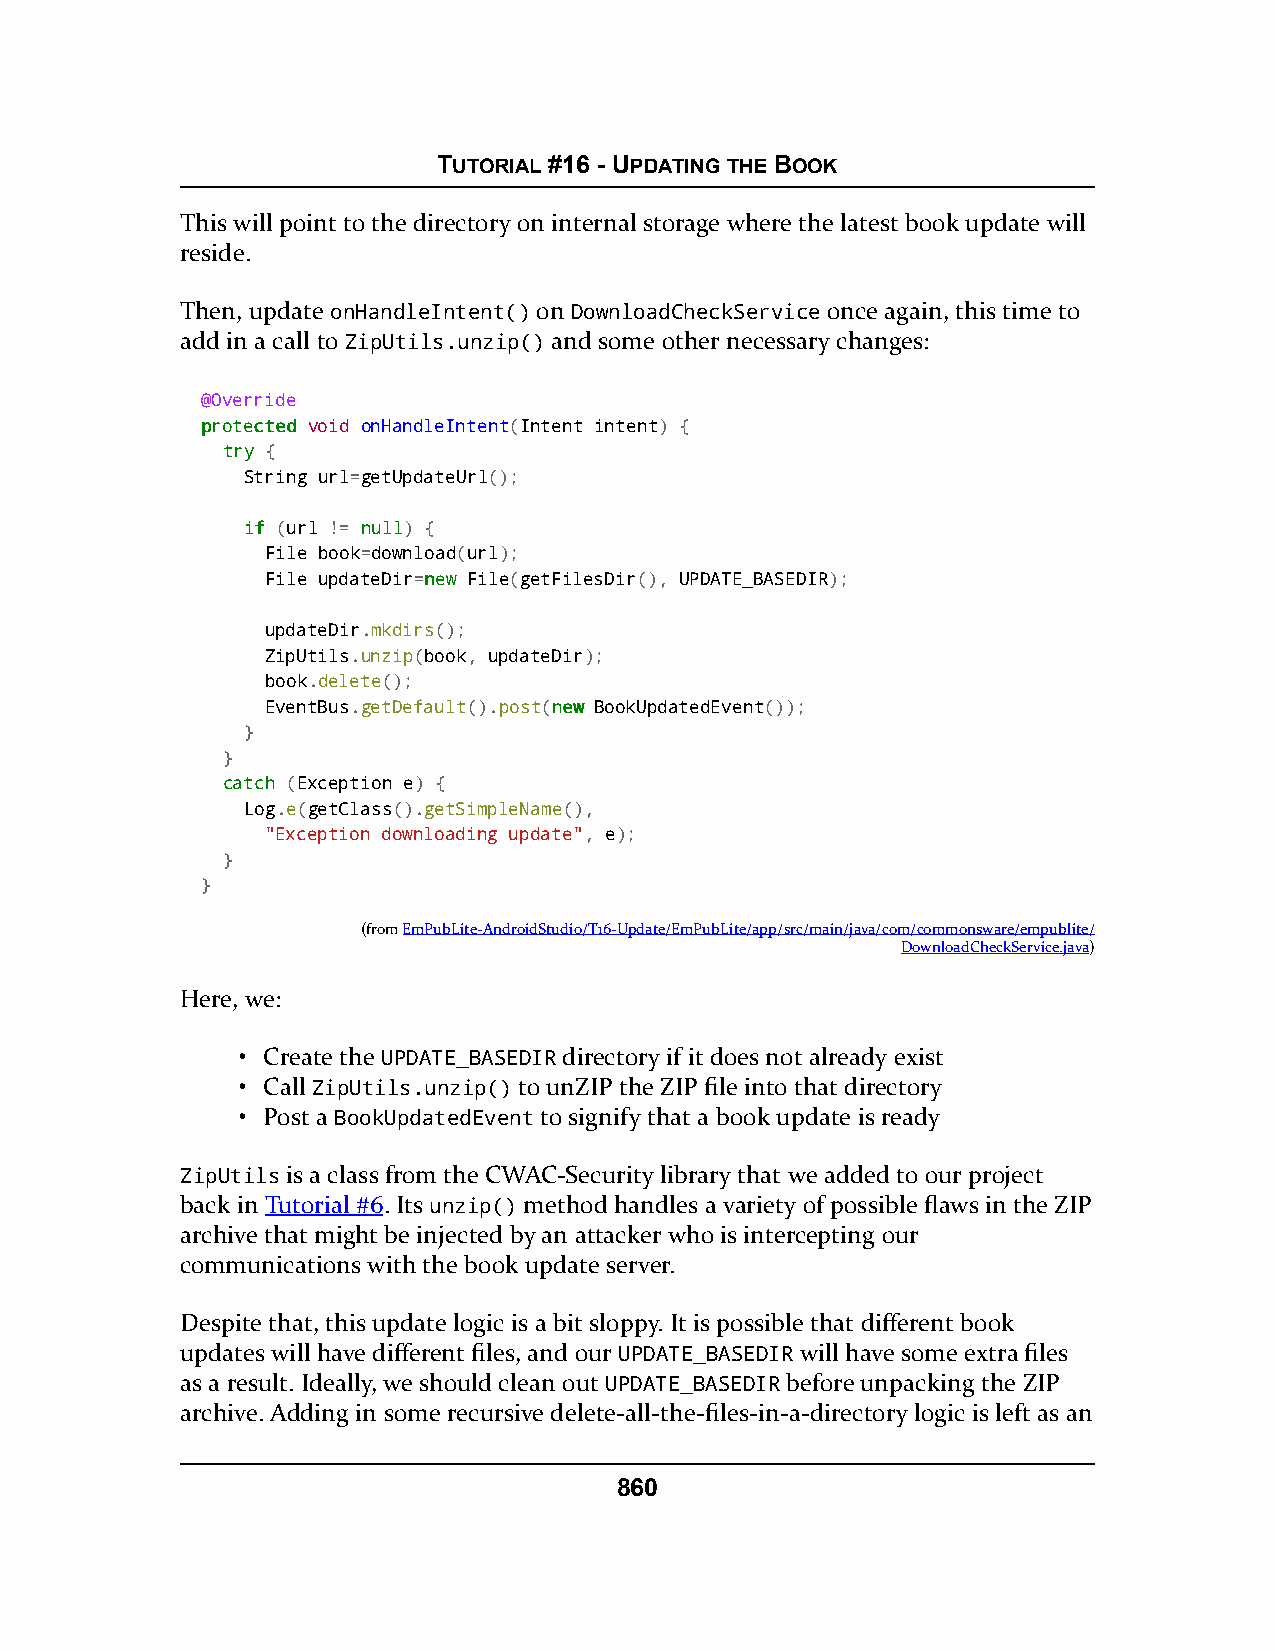
TUTORIAL #16 - UPDATING THE BOOK
 This will point to the directory on internal storage where the latest book update will
 reside.
 Then, update onHandleIntent() on DownloadCheckService once again, this time to
 add in a call to ZipUtils.unzip() and some other necessary changes:
 @Override
 pprrootteecctteedd void onHandleIntent(Intent intent) {
 ttrryy {
 String url=getUpdateUrl();
 iiff (url != nnuullll) {
 File book=download(url);
 File updateDir=nneeww File(getFilesDir(), UPDATE_BASEDIR);
 updateDir.mkdirs();
 ZipUtils.unzip(book, updateDir);
 book.delete();
 EventBus.getDefault().post(nneeww BookUpdatedEvent());
 }
 }
 ccaattcchh (Exception e) {
 Log.e(getClass().getSimpleName(),
 "Exception downloading update", e);
 }
 }
 (fromEmPubLite-AndroidStudio/T16-Update/EmPubLite/app/src/main/java/com/commonsware/empublite/
 DownloadCheckService.java)
 Here, we:
 • Create the UPDATE_BASEDIR directory if it does not already exist
 • Call ZipUtils.unzip() to unZIP the ZIP file into that directory
 • Post a BookUpdatedEvent to signify that a book update is ready
 ZipUtils is a class from the CWAC-Security library that we added to our project
 back in Tutorial #6. Its unzip() method handles a variety of possible flaws in the ZIP
 archive that might be injected by an attacker who is intercepting our
 communications with the book update server.
 Despite that, this update logic is a bit sloppy. It is possible that different book
 updates will have different files, and our UPDATE_BASEDIR will have some extra files
 as a result. Ideally, we should clean out UPDATE_BASEDIR before unpacking the ZIP
 archive. Adding in some recursive delete-all-the-files-in-a-directory logic is left as an
 860